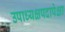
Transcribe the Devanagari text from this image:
उपाध्यक्षपदापेक्षा